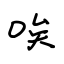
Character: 唉